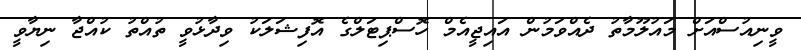
ވީނިއުސްއަށް މައުލޫމާތު ދެއްވަމުން އައިޖީއެމް ހޮސްޕިޓަލްގެ އޮފިޝަލަކު ވިދާޅުވީ ތުއްތު ކުއްޖާ ނިޔާވީ